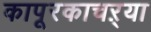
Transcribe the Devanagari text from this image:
कापूरकाचऱ्या